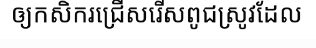
ឲ្យកសិករជ្រើសរើសពូជស្រូវដែល